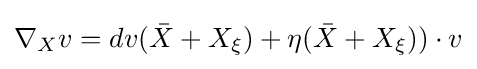
\nabla _{X}v=dv({\bar {X}}+X_{\xi })+\eta ({\bar {X}}+X_{\xi }))\cdot v